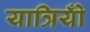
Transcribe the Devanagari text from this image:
यात्रियोँ